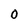
Character: 0